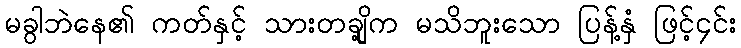
မခွါဘဲနေ၏ ကတ်နှင့် သားတချို့က မသိဘူးသော ပြန့်နှံ ဖြင့်၄င်း